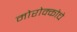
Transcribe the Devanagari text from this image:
मोरोक्कोचे